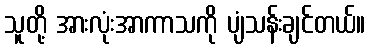
သူတို့ အားလုံးအာကာသကို ပျံသန်းချင်တယ်။